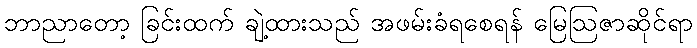
ဘာညာတော့ ခြင်းထက် ချဲ့ထားသည် အဖမ်းခံရစေရန် မြေဩဇာဆိုင်ရာ